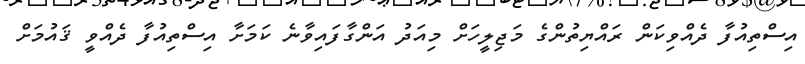
އިސްތިއުފާ ދެއްވިކަން ރައްޔިތުންގެ މަޖިލީހަށް މިއަދު އަންގާފައިވާނެ ކަމަށާ އިސްތިއުފާ ދެއްވީ ޤައުމަށް